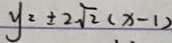
y = \pm 2 \sqrt { 2 } ( x - 1 )